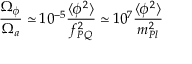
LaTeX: \frac { \Omega _ { \phi } } { \Omega _ { a } } \simeq 1 0 ^ { - 5 } \frac { \langle \phi ^ { 2 } \rangle } { f _ { P Q } ^ { 2 } } \simeq 1 0 ^ { 7 } \frac { \langle \phi ^ { 2 } \rangle } { m _ { P l } ^ { 2 } }